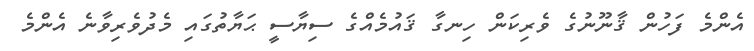
އެންމެ ފަހުން ޤާނޫނުގެ ވެރިކަން ހިނގާ ޤައުމެއްގެ ސިޔާސީ ޙަޔާތުގައި މެދުވެރިވާނެ އެންމެ